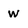
Character: w